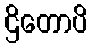
ဌိတောပိ